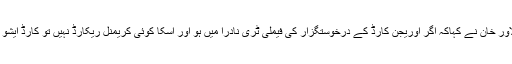
سینیٹر دلاور خان نے کہاکہ اگر اوریجن کارڈ کے درخوستگزار کی فیملی ٹری نادرا میں ہو اور اسکا کوئی کریمنل ریکارڈ نہیں تو کارڈ ایشو کیاجائے۔